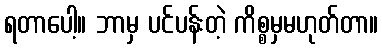
ရတာပေါ့။ ဘာမှ ပင်ပန်းတဲ့ ကိစ္စမှမဟုတ်တာ။